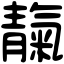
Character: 靝